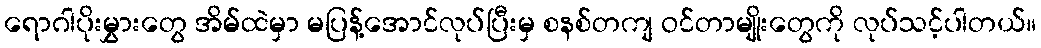
ရောဂါပိုးမွှားတွေ အိမ်ထဲမှာ မပြန့်အောင်လုပ်ပြီးမှ စနစ်တကျ ဝင်တာမျိုးတွေကို လုပ်သင့်ပါတယ်။